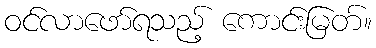
ဝင်လာဖော်ရသည့် ကောင်းမြတ်။